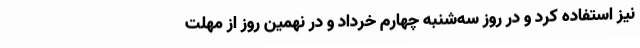
نیز استفاده کرد و در روز سه‌شنبه چهارم خرداد و در نهمین روز از مهلت